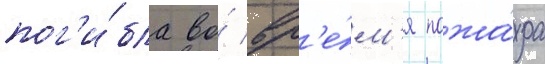
пог'и́бла во́ вр'е́м'я пожа́ра